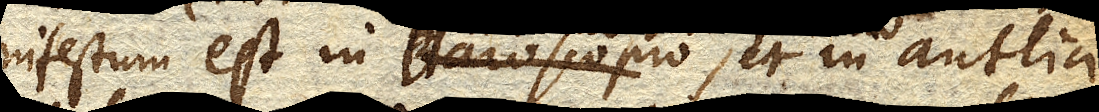
nifestum est in Baroscopio, et in antlia